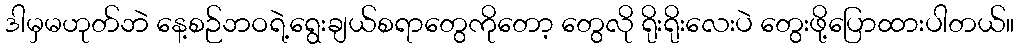
ဒါမှမဟုတ်ဘဲ နေ့စဉ်ဘဝရဲ့ရွေးချယ်စရာတွေကိုတော့ တွေလို ရိုးရိုးလေးပဲ တွေးဖို့ပြောထားပါတယ်။